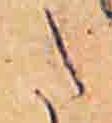
た